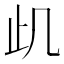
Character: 𭭙